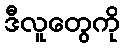
ဒီလူတွေကို